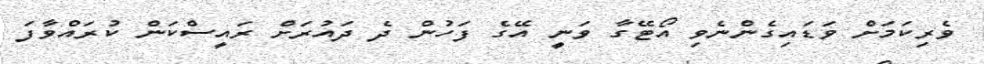
ވެރިކަމަށް ވަޑައިގެންނެވި އޯޓޭގާ ވަނީ އޭގެ ފަހުން ދެ ދައުރަށް ރައީސްކަން ކުރައްވާފަ